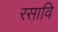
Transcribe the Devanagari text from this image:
रसावि